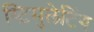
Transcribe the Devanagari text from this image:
स्टिमुलेटिंग